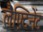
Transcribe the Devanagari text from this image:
लैफ़्टिनेंट